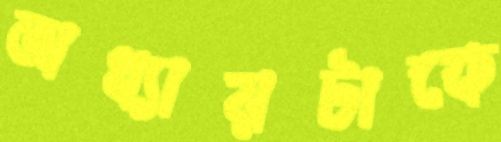
অধ্যায়টাকে